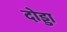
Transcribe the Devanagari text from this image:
दोड्डा